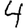
Digit: 4